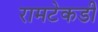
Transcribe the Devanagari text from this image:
रामटेकडी